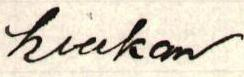
hiukan